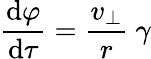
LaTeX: {\frac{\mathrm{{d}}\varphi}{\mathrm{{d}}\tau}}={\frac{v_{\perp}}{r}}\ \gamma